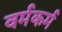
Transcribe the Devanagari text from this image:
वर्मकर्म